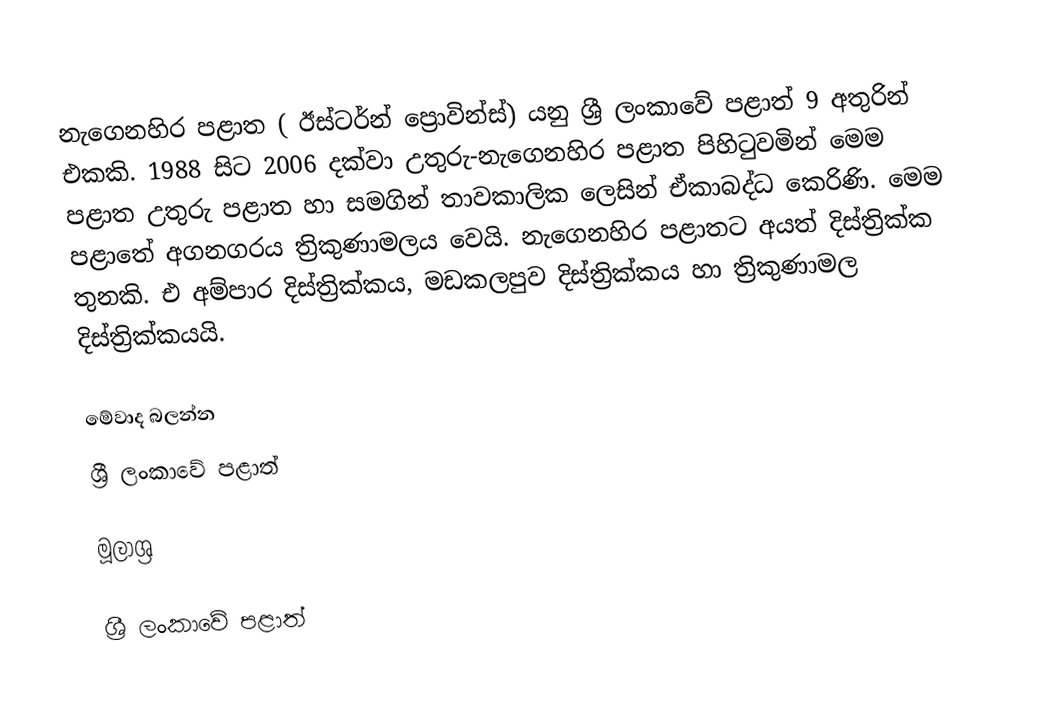
නැගෙනහිර පළාත ( ඊස්ටර්න් ප්‍රොවින්ස්) යනු ශ්‍රී ලංකාවේ පළාත් 9 අතුරින් එකකි. 1988 සිට 2006 දක්වා උතුරු-නැගෙනහිර පළාත පිහිටුවමින් මෙම පළාත උතුරු පළාත හා සමගින් තාවකාලික ලෙසින් ඒකාබද්ධ කෙරිණි. මෙම පළාතේ අගනගරය  ත්‍රිකුණාමලය වෙයි. නැගෙනහිර පළාතට අයත් දිස්ත්‍රික්ක තුනකි. එ අම්පාර දිස්ත්‍රික්කය,	මඩකලපුව දිස්ත්‍රික්කය හා ත්‍රිකුණාමල දිස්ත්‍රික්කයයි.

මේවාද බලන්න
 ශ්‍රී ලංකාවේ පළාත්

මූලාශ්‍ර

ශ්‍රී ලංකාවේ පළාත්